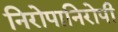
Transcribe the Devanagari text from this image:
निरोपानिरोपी